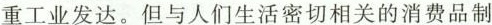
重工业发达。但与人们生活密切相关的消费品制